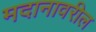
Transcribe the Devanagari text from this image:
मदानावरील